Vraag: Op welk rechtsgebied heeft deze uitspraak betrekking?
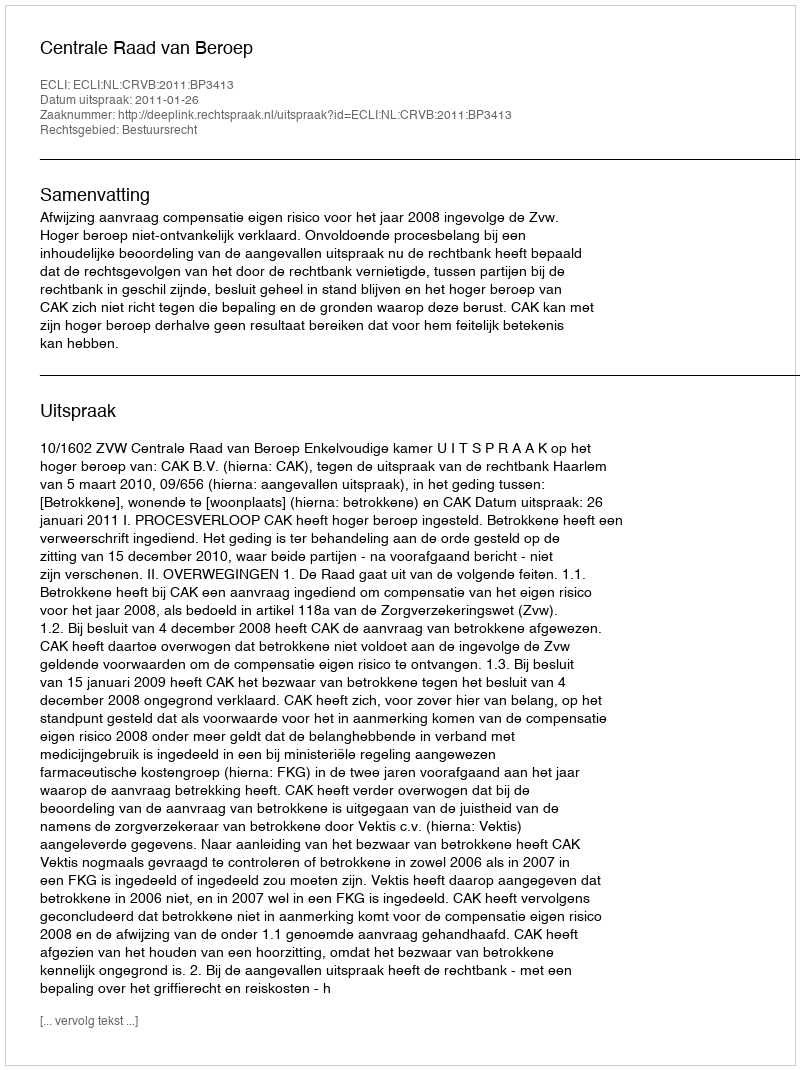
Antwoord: Bestuursrecht